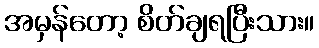
အမှန်တော့ စိတ်ချရပြီးသား။